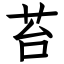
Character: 苔